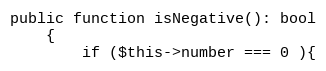
Language: PHP
public function isNegative(): bool
    {
        if ($this->number === 0 ){